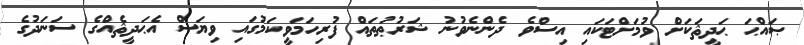
ޞައްޙަ ޙަދީޘަކަށް ވުމަށްޓަކައި އިސްވެ ދެންނެވުނު ޝަރުޠުތައް ފުރިހަމަވީކަމުގައި ވިޔަސް އެޙަދީޘެއްގެ ސަނަދުގެ